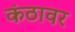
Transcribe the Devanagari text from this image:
कंठावर